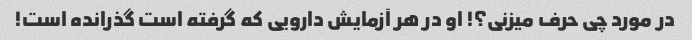
در مورد چی حرف میزنی؟! او در هر آزمایش دارویی که گرفته است گذرانده است!